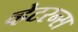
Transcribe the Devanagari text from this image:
व्हेटरन्स